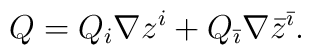
Q=Q_i \nabla z^i +Q_{\bar\imath}\nabla \bar z^{\bar\imath}.